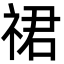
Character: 𬒽